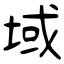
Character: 域